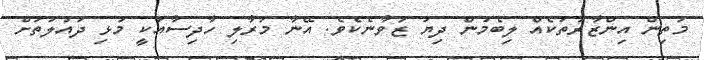
މަތިން އިންޒާރުތަކެއް ލިބެމުން ދިޔަ ޒުވާނެކެވެ. އޭނާ މަރާލި ހާދިސާއަކީ މުޅި ދައުލަތަށް